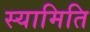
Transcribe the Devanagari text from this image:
स्यामिति